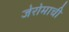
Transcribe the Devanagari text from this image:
जेरोमाची